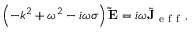
\left( - k ^ { 2 } + \omega ^ { 2 } - i \omega \sigma \right) \mathbf { \tilde { E } } = i \omega \tilde { \mathbf { J } } _ { \mathrm { ~ e ~ f ~ f ~ } } ,